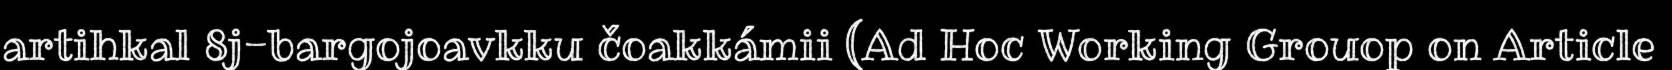
artihkal 8j-bargojoavkku čoakkámii (Ad Hoc Working Grouop on Article